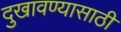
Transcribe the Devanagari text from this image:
दुखावण्यासाठी